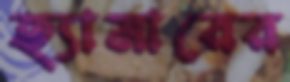
হ্যামারের